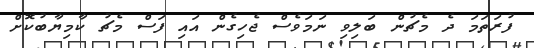
ފުރަތަމަ ދެ މެޗުން ބަލިވި ނަމަވެސް ޖެހިގެން އައި ފަސް މެޗު ކާމިޔާބުކޮށް